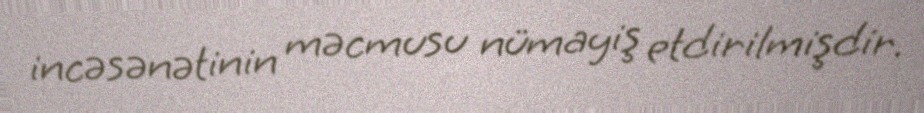
incəsənətinin məcmusu nümayiş etdirilmişdir.